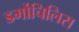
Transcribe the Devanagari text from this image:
डर्मोचिलिस